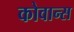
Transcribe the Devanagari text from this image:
कोवान्स